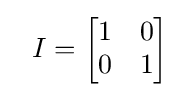
~~I={\begin{bmatrix}1&0\\0&1\end{bmatrix}}~